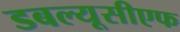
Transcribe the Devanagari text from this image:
डबल्यूसीएफ